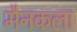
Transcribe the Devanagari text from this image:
मैनकला